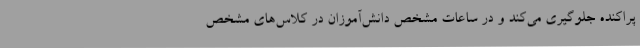
پراکنده جلوگیری می‌کند و در ساعات مشخص دانش‌آموزان در کلاس‌های مشخص